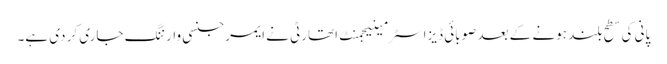
پانی کی سطح بلند ہونے کے بعد صوبائی ڈیزاسٹر مینیجمنٹ اتھارٹی نے ایمرجنسی وارننگ جاری کر دی ہے۔